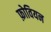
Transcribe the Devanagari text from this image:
फ़ोवियन